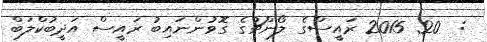
:  20